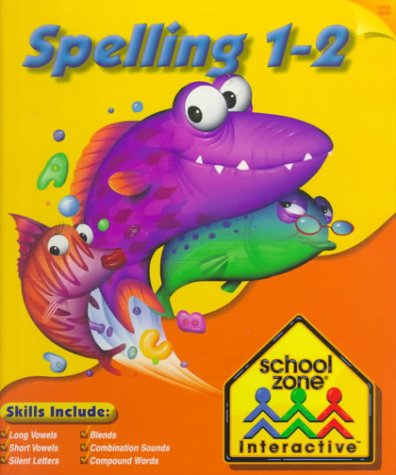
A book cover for Spelling 1-2 (School Zone Interactive); Schoool Zone Publishing; Children's Books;